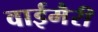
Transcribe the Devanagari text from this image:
वाईमैरी